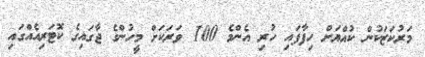
މަރުކަޒަކުން ކުއްޔަށް ހިފާފައި ހުރި އެންމެ 100 ވަރަކަށް މީހުންގެ ޖާގައިގެ ކޮޓަރިއެއްގައި